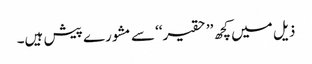
ذیل میں کچھ ’’حقیر‘‘ سے مشورے پیش ہیں۔